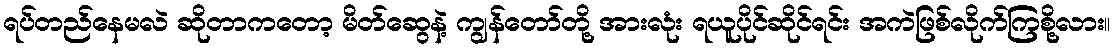
ရပ်တည်နေမလဲ ဆိုတာကတော့ မိတ်ဆွေနဲ့ ကျွန်တော်တို့ အားလုံး ရယူပိုင်ဆိုင်ရင်း အကဲဖြစ်လိုက်ကြစို့လား။